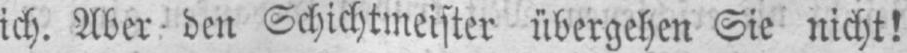
ich. Aber den Schichtmeister übergehen Sie nicht!